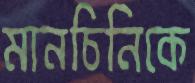
মানচিনিকে